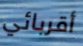
أقربائي